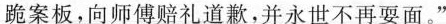
跪案板，向师傅赔礼道激，并永世不再耍面。”